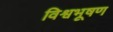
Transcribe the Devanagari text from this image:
विश्वभूषण